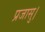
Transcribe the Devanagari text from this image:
प्रजासु।